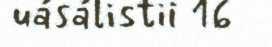
uásálistii 16